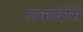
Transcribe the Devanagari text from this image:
लंकदिसि